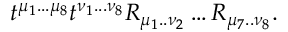
t ^ { \mu _ { 1 } . . . \mu _ { 8 } } t ^ { \nu _ { 1 } . . . \nu _ { 8 } } R _ { \mu _ { 1 } . . \nu _ { 2 } } \ldots R _ { \mu _ { 7 } . . \nu _ { 8 } } .